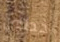
خطأي